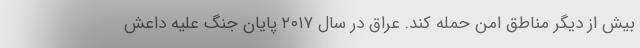
بیش از دیگر مناطق امن حمله کند. عراق در سال ۲۰۱۷ پایان جنگ علیه داعش